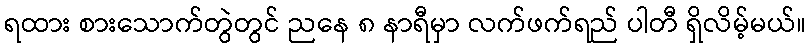
ရထား စားသောက်တွဲတွင် ညနေ ၈ နာရီမှာ လက်ဖက်ရည် ပါတီ ရှိလိမ့်မယ်။